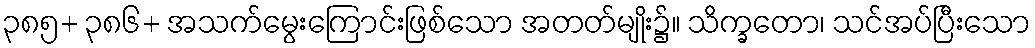
၃၈၅+ ၃၈၆+ အသက်မွေးကြောင်းဖြစ်သော အတတ်မျိုး၌။ သိက္ခတော၊ သင်အပ်ပြီးသော